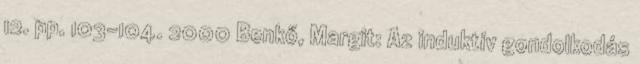
12. pp. 103-104. 2000 Benkő, Margit: Az induktív gondolkodás